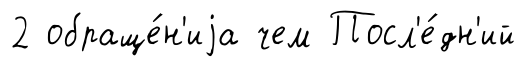
2 обраще́н'иjа чем Посл'е́дн'ий